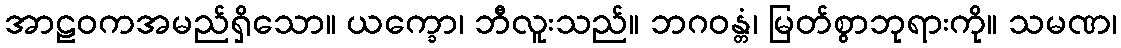
အာဠဝကအမည်ရှိသော။ ယက္ခော၊ ဘီလူးသည်။ ဘဂဝန္တံ၊ မြတ်စွာဘုရားကို။ သမဏ၊